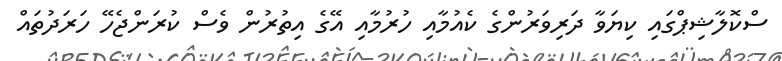
ސްކޮލާޝިޕްގައި ކިޔަވާ ދަރިވަރުންގެ ކެއުމާއި ހުރުމާއި އޭގެ އިތުރުން ވެސް ކުރަންޖެހޭ ހަރަދުތައް